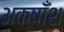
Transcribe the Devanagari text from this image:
अक्षाँश